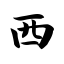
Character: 西